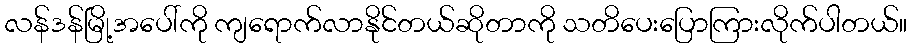
လန်ဒန်မြို့အပေါ်ကို ကျရောက်လာနိုင်တယ်ဆိုတာကို သတိပေးပြောကြားလိုက်ပါတယ်။